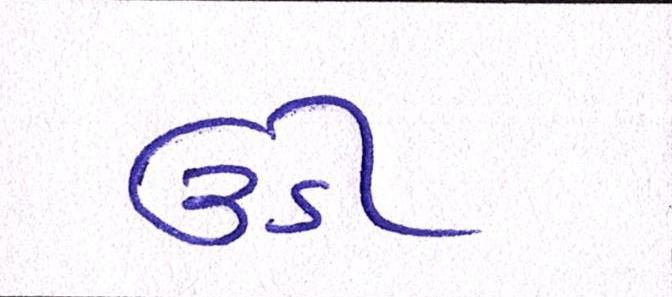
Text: ઉડી